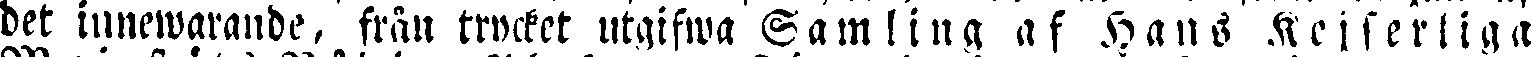
det innewarande, från trycket utgifwa Samling af Hans Kejserliga